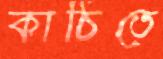
কাঠিতে